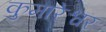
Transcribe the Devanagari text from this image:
कुमारेश्वर